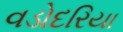
વડોદરિયા